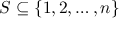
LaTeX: S \subseteq \{ 1 , 2 , \ldots , n \}